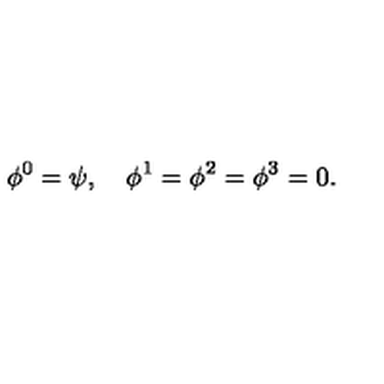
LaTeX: \phi ^ { 0 } = \psi , \quad \phi ^ { 1 } = \phi ^ { 2 } = \phi ^ { 3 } = 0 .